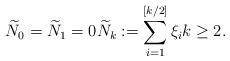
LaTeX: \begin{align*}\widetilde N_0=\widetilde N_1=0\widetilde N_k:=\sum_{i=1}^{[k/2]} \xi_i k\ge 2.\end{align*}